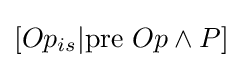
[Op_{is}|{\text{pre }}Op\land P]